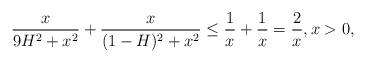
LaTeX: \begin{align*}\frac{x}{9H^2+x^2}+\frac{x}{(1-H)^2+x^2}\leq \frac{1}{x}+\frac{1}{x}=\frac{2}{x}, x>0, \end{align*}